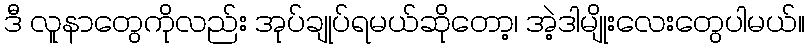
ဒီ လူနာတွေကိုလည်း အုပ်ချုပ်ရမယ်ဆိုတော့၊ အဲ့ဒါမျိုးလေးတွေပါမယ်။